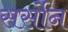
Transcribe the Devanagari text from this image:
सर्सोन